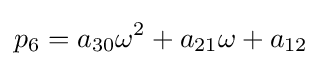
p_{6}=a_{30}\omega ^{2}+a_{21}\omega +a_{12}